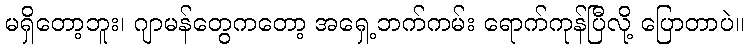
မရှိတော့ဘူး၊ ဂျာမန်တွေကတော့ အရှေ့ဘက်ကမ်း ရောက်ကုန်ပြီလို့ ပြောတာပဲ။